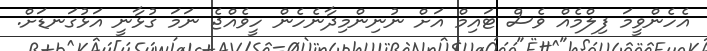
އެހެންވީމަ ފިލްމެއް ވެސް ޓައިމް އަށް ނުނިންމިދާނެހެން ހީވެއްޖެ ނަމަ ގުޅާނީ އަޅުގަނޑަށް.